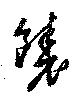
饒